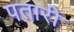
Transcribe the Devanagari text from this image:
पतारी